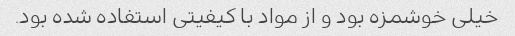
خیلی خوشمزه بود و از مواد با کیفیتی استفاده شده بود.